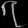
Digit: ၇